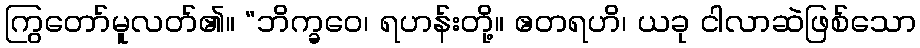
ကြွတော်မူလတ်၏။ “ဘိက္ခဝေ၊ ရဟန်းတို့။ ဧတရဟိ၊ ယခု ငါလာဆဲဖြစ်သော